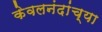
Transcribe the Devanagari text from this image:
केवलनंदांच्या